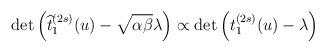
LaTeX: \begin{align*}\det \left( \widehat{t}_1^{(2s)}(u) - \sqrt{\alpha\beta} \lambda\right) \propto \det \left( t^{(2s)}_1(u) - \lambda \right)\end{align*}